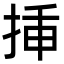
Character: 挿